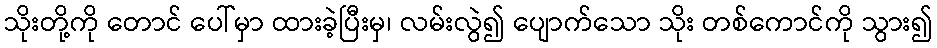
သိုးတို့ကို တောင် ပေါ်မှာ ထားခဲ့ပြီးမှ၊ လမ်းလွဲ၍ ပျောက်သော သိုး တစ်ကောင်ကို သွား၍